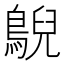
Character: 鶃